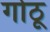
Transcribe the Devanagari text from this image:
गोठू